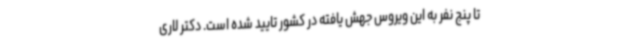
تا پنج نفر به این ویروس جهش یافته در کشور تایید شده است. دکتر لاری